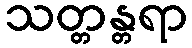
သတ္တန္တရာ